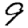
Digit: 9